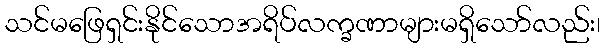
သင်မဖြေရှင်းနိုင်သောအရိပ်လက္ခဏာများမရှိသော်လည်း၊